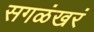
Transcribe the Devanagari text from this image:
सगळंखरं